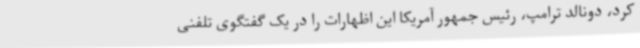
کرد، دونالد ترامپ، رئیس جمهور آمریکا این اظهارات را در یک گفتگوی تلفنی